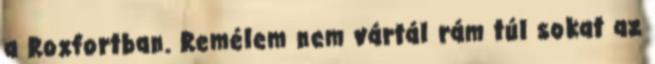
a Roxfortban. Remélem nem vártál rám túl sokat az